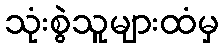
သုံးစွဲသူများထံမှ